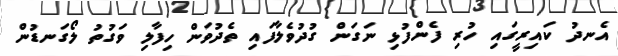
އެނދު ކައިރީގައި ހުރި ފެންފުޅި ނަގަން ގުދުވެލާފައި ތެދުވަން ހިފާލި ވަގުތު ލޯގަނޑުން